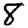
Digit: 8